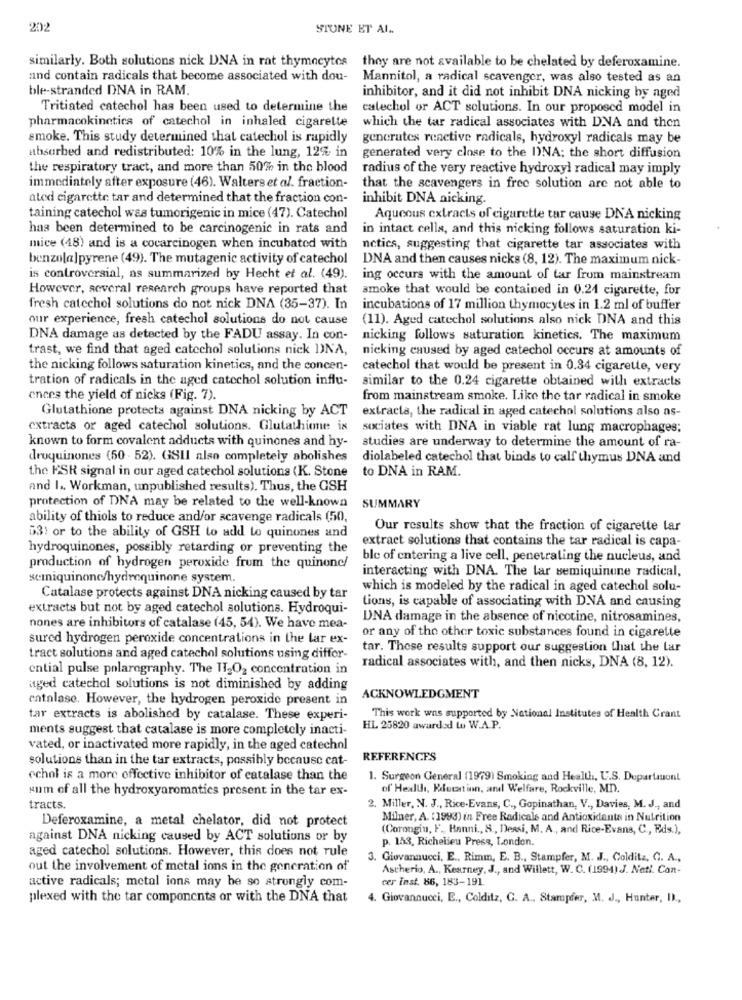
202
STONE ET AL ..
similarly. Both solutions nick UNA in rat thymecytes they are not available to be chelated by deferoxamine.
and contain radicals that become associated with dou-
Mannitol, a radical scavenger, was also tested as an
ble-stranded DNA in RAM.
inhibitor, and it did not inhibit DNA nicking by aged
Tritiated catechol has been used to determine the
calechol or ACT solutions. In our proposed model in
pharmacokinetics of catechol in inhaled cigarette
which the tar radical associates with DNA and then
smoke. This study determined that catechol is rapidly
generates reactive radicals, hydroxyl radicals may be
absorbed and redistributed: 10% in the lung, 12% in
generated very close to the INA; the short diffusion
the respiratory tract, and more than 507% in the blood
radius of the very reactive hydroxyl radical may imply
immediately after exposure (46). Walters et al. fraction-
that the scavengers in free solution are not able to
ated cigarette tar and determined that the fraction con-
inhibit DNA nicking.
taining catechol was tumorigenic in mice (47). Catechol
Aqueous extracts of cigarette tar cause DNA nicking
has been determined to be carcinogenic in rats and
in intact cells, and this nicking follows saturation ki-
mice (48) and is a cocarcinogen when incubated with
netics, suggesting that cigarette tar associates with
benzola]pyrene (49). The mutagenic activity of catechol
DNA and then causes nicks (8, 12). The maximum nick-
is controversial, as summarized by Hecht et al. (49).
ing occurs with the amount of tar from mainstream
However, several research groups have reported that
smoke that would be contained in 0.21 cigarette, for
fresh catechol solutions do not nick DNA (35-37). In
incubations of 17 million thymocytes in 1.2 ml of buffer
our experience, fresh catechol solutions do not cause
(11). Aged catechol solutions also nick DNA and this
DNA damage as detected by the FADU assay. In con-
nicking follows saturation kinetics. The maximum
trast, we find that aged catechol solutions nick DNA,
nicking caused by aged catechol occurs at amounts of
the nicking follows saturation kinetics, and the concen-
catechol that would be present in 0.34 cigarette, very
tration of radicals in the aged catechol solution influ-
similar to the 0.24 cigarette obtained with extracts
ences the yield of nicks (Fig. 7).
from mainstream smoke. Like the tar radical in smoke
Glutathione protects against DNA nicking by ACT
extracts, the radical in aged catechol solutions also as-
extracts or aged catechol solutions. Glutathione is
sociates with DNA in viable rat lung macrophages;
known to form covalent adducts with quinones and hy-
studies are underway to determine the amount of ra-
druquinones (50 . 52). GSII also completely abolishes
diolabeled catechol that binds to call thymus DNA and
the KSR signal in our aged catechol solutions (K. Stone
to DNA in RAM.
and I .. Workman, unpublished results). Thus, the GSH
protection of DNA may be related to the well-known
SUMMARY
ability of thiols to reduce and/or scavenge radicals (50,
53) or to the ability of GSH to add to quinones and
Our results show that the fraction of cigarette tar
hydroquinones, possibly retarding or preventing the
extract solutions that contains the tar radical is capa-
ble of entering a live cell, penetrating the nucleus, and
production of hydrogen peroxide from the quinone/
semiquinone/hydroquinone system.
interacting with DNA. The tar semiquinune radical,
which is modeled by the radical in aged catechol solu-
Catalase protects against DNA nicking caused by tar
extracts but not by aged catechol solutions. Hydroqui-
tions, is capable of associating with DNA and causing
DNA damage in the absence of nicotine, nitrosamines,
nones are inhibitors of catalase (45, 54). We have mea-
sured hydrogen peroxide concentrations in the lar ex-
or any of the other toxic substances found in cigarette
tar. These results support our suggestion that the Lar
tract solutions and aged catechol solutions using diffor-
ential pulse polarography. The TT2O2 concentration in
radical associates with, and then nicks, DNA (8, 12).
aged catechol solutions is not diminished by adding
entalase. However, the hydrogen peroxide present in
ACKNOWLEDGMENT
tar extracts is abolished by catalase. These experi-
This work was supported by National Institutes of Health Crant
ments suggest that catalase is more completely inacti-
HL 25820 awarded to W.A.P.
vated, or inactivated more rapidly, in the aged catechol
solutions than in the tar extracts, possibly because cat-
REFERENCES
echol is a more effective inhibitor of catalase than the
1. Surgeon General (1979) Smoking and Health, U.S. Dupartauont
sum of all the hydroxyaromatics present in the tar ex-
of Health, Education, and Welfare, Rockville, MD.
tracts.
2. Miller, N. J ., Rice-Evans, C ., Gopinathan, V ., Davies, M. J ., and
Deferoxamine, a metal chelator, did not protect
Milner, A. (1993) in Free Radicals and Antioxidants in Nutrition
(Corongin, F ., Hanni ., 8 ., Deasi, M. A ., and Rice-Evans, C ., Eds.),
against DNA nicking caused by ACT solutions or by
p. 153, Richelieu Press, London.
aged catechol solutions. However, this does not rule
3. Giovannucci, E ., Rimm, E. B ., Stampfer, M. J ., Colditz, C. A .,
out the involvement of metal ions in the generation of
Ascherio, A ., Kearney, J ., and Willett, W. C. (1994) J. Nati. Can-
cer inst. 86, 183-191.
active radicals; metal ions may be so strongly com-
plexed with the tar components or with the DNA that
4. Giovannucci, E ., Colditz, G. A ., Stampfer, M. J ., Hunter, D .,